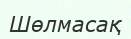
Шөлмасақ